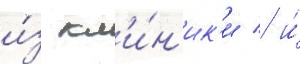
и́з кл'и́н'ик'и / и́